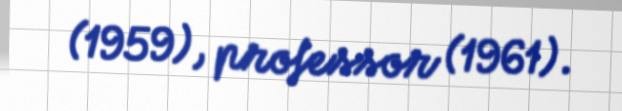
(1959), professor (1961).